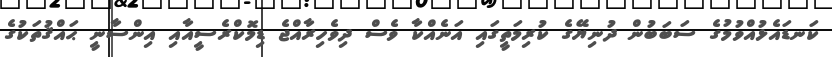
ކަނޑައެޅުއްވުމުގެ ސަބަބުން ދުނިޔޭގެ ކުރިމަތީގައި އަނެއްކާ ވެސް ދިވެހިރާއްޖެ ޑިމޮކްރެސީއާއި އިންސާނީ ޙައްޤުތަކުގެ